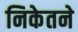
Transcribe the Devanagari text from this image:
निकेतने